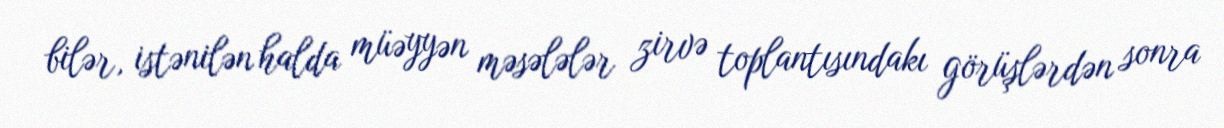
bilər, istənilən halda müəyyən məsələlər zirvə toplantısındakı görüşlərdən sonra